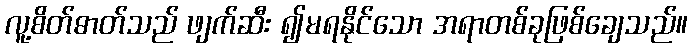
လူ့စိတ်ဓာတ်သည် ဖျက်ဆီး ၍မရနိုင်သော အရာတစ်ခုဖြစ်ချေသည်။